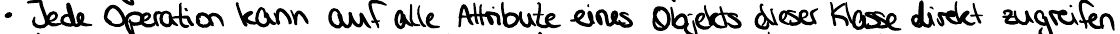
Jede Operation kann auf alle Attribute eines Objekts dieser Klasse direkt zugreifen